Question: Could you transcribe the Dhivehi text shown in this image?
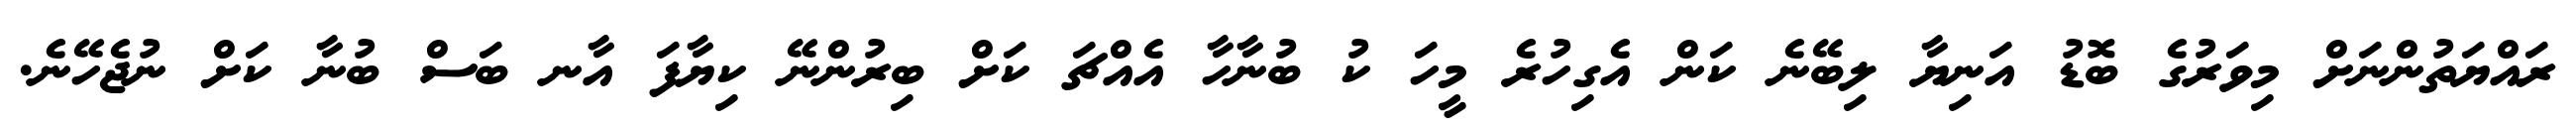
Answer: ރައްޔަތުންނަށް މިވަރުގެ ބޮޑު އަނިޔާ ލިބޭނެ ކަން އެގިހުރެ މީހަ ކު ބުނާހާ އެއްޗަ ކަށް ބިރުންނޭ ކިޔާފަ އާނ ބަސް ބުނާ ކަށް ނުޖެހޭނެ.